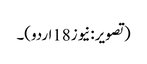
(تصویر:نیوز18اردو)۔